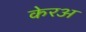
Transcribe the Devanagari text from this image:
केरअ